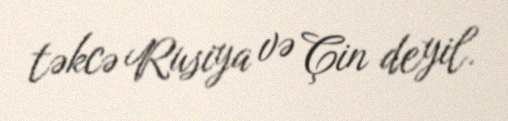
təkcə Rusiya və Çin deyil.